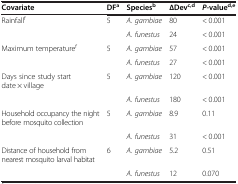
<table><thead><tr><td><b>Covariate</b></td><td><b>DF<sup>a</sup></b></td><td><b>Species<sup>b</sup></b></td><td><b>∆Dev<sup>c,d</sup></b></td><td><b><i>P-</i>value<sup>d,e</sup></b></td></tr></thead><tbody><tr><td>Rainfall<sup>f</sup></td><td>5</td><td><i>A. gambiae</i></td><td>80</td><td>&lt; 0.001</td></tr><tr><td> </td><td> </td><td><i>A. funestus</i></td><td>24</td><td>&lt; 0.001</td></tr><tr><td>Maximum temperature<sup>f</sup></td><td>5</td><td><i>A. gambiae</i></td><td>57</td><td>&lt; 0.001</td></tr><tr><td> </td><td> </td><td><i>A. funestus</i></td><td>27</td><td>&lt; 0.001</td></tr><tr><td>Days since study start date × village</td><td>5</td><td><i>A. gambiae</i></td><td>120</td><td>&lt; 0.001</td></tr><tr><td> </td><td> </td><td><i>A. funestus</i></td><td>180</td><td>&lt; 0.001</td></tr><tr><td>Household occupancy the night before mosquito collection</td><td>5</td><td><i>A. gambiae</i></td><td>8.9</td><td>0.11</td></tr><tr><td> </td><td> </td><td><i>A. funestus</i></td><td>31</td><td>&lt; 0.001</td></tr><tr><td>Distance of household from nearest mosquito larval habitat</td><td>6</td><td><i>A. gambiae</i></td><td>5.2</td><td>0.51</td></tr><tr><td> </td><td> </td><td><i>A. funestus</i></td><td>12</td><td>0.070</td></tr></tbody></table>